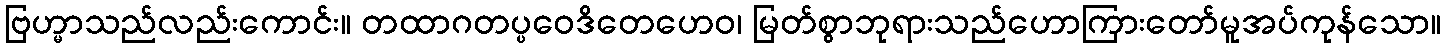
ဗြဟ္မာသည်လည်းကောင်း။ တထာဂတပ္ပဝေဒိတေဟေဝ၊ မြတ်စွာဘုရားသည်ဟောကြားတော်မူအပ်ကုန်သော။